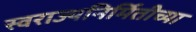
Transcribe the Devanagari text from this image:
स्वराज्यनिर्मितीच्या